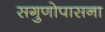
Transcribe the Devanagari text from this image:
सगुणोपासना